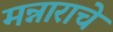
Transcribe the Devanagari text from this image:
मन्नाराचे